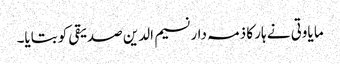
ما یاوتی نے ہار کا ذمہ دار نسیم الدین صدیقی کو بتایا۔